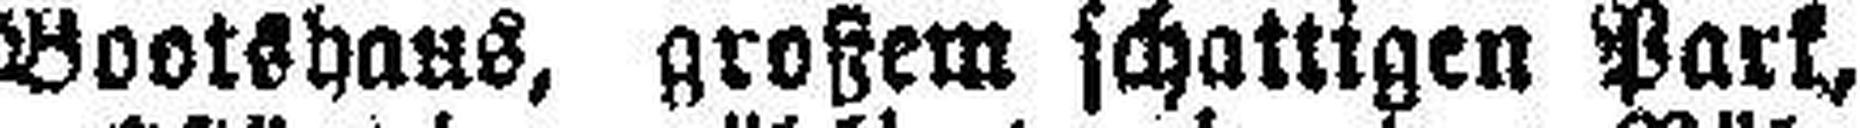
Bootshaus, großem schattigen Park,